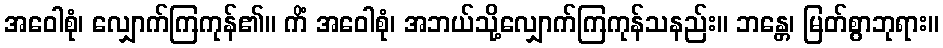
အဝေါစုံ၊ လျှောက်ကြကုန်၏။ ကိံ အဝေါစုံ၊ အဘယ်သို့လျှောက်ကြကုန်သနည်း။ ဘန္တေ၊ မြတ်စွာဘုရား။